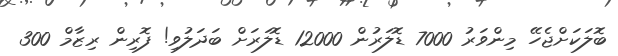
ބޮލަކަށްޖެހޭ މިންވަރު 7000 ޑޮލަރުން 12000 ޑޮލަރަށް ބަދަލުވި! ފޮރިން ރިޒާމް 300